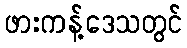
ဖားကန့်ဒေသတွင်